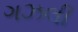
ગઝલી